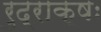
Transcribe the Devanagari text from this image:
रुद्राक्षः